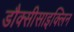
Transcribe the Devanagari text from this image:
डौक्सीसाइक्लिन